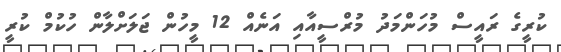
ކުރީގެ ރައީސް މުހަންމަދު މުރްސީއާއި އަނެއް 12 މީހުން ޖަލަށްލާން ހުކުމް ކުރީ